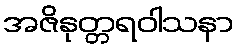
အဇိနုတ္တရဝါသနာ